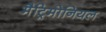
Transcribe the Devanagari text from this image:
मैट्रिमोनियल